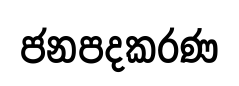
ජනපදකරණ